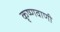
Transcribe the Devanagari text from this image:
कृष्णवाणी